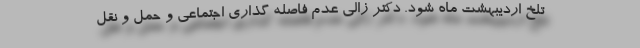
تلخ اردیبهشت ماه شود. دکتر زالی عدم فاصله گذاری اجتماعی و حمل و نقل